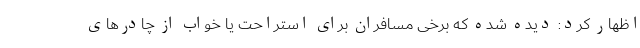
اظهار کرد: دیده شده که برخی مسافران برای استراحت یا خواب از چادرهای